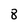
Character: 8